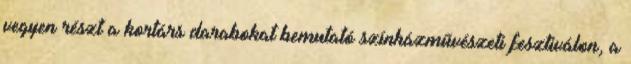
vegyen részt a kortárs darabokat bemutató színházművészeti fesztiválon, a